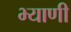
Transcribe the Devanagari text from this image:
भ्याणी